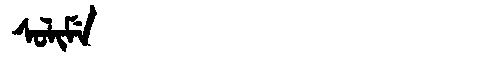
Manchu: ᠰᠣᠯᡳᠮᡝ
Romanization: SOLIME